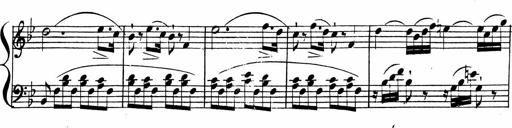
Title: 2 Piano Sonatinas
Composer: Ferdinand Ries